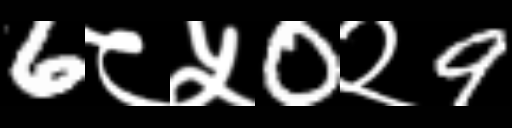
Text: 6८५0२9